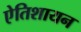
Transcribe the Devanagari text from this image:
एेतिशायन